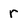
Character: r